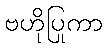
ဗဟိုပြုကာ